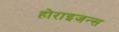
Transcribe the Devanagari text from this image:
होराइजन्स